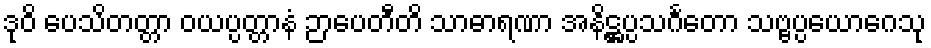
ဒုဝိ ပေသိတတ္တာ ဝယပ္ပတ္တာနံ ဉာပေတီတိ သာဓာရဏာ အနိဋ္ဌပ္ပသင်္ဂတော သဗ္ဗပ္ပယောဂေသု